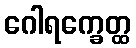
ဂေါရက္ခေတ္ထ